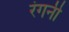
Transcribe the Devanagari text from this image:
रंगनी